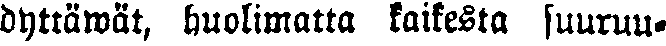
dyttäwät, huolimatta kaikesta suuruu-